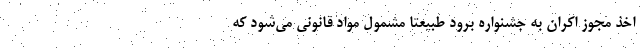
اخذ مجوز اکران به جشنواره برود طبیعتا مشمول مواد قانونی‌ می‌شود که